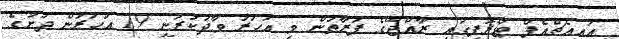
އައިއެޗްއެފް ޓްރޮފީގައި ރާއްޖޭގެ ފަރާތުން މި އަހަރު ވާދަކުރަނީ 19 އަހަރުން ދަށުގެ